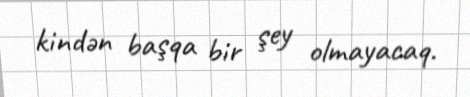
kindən başqa bir şey olmayacaq.